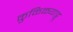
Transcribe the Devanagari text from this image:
कुळ्ळियाट्टु